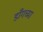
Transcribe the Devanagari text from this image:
डाँगच्या